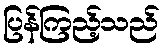
ပြန်ကြည့်သည်